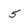
Character: 5